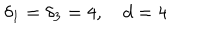
\delta _ { 1 } = \delta _ { 3 } = 4 , \quad d = 4